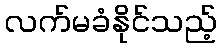
လက်မခံနိုင်သည့်